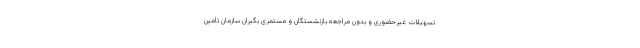
تسهیلات غیرحضوری و بدون مراجعه بازنشستگان و مستمری بگیران سازمان تأمین